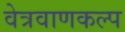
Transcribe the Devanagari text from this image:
वेत्रवाणकल्प